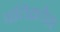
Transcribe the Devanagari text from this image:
पतिव्रतेचा